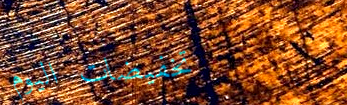
تخفيضات اليوم